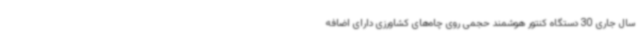
سال جاری 30 دستگاه کنتور هوشمند حجمی روی چاه‌های کشاورزی دارای اضافه